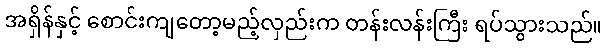
အရှိန်နှင့် စောင်းကျတော့မည့်လှည်းက တန်းလန်းကြီး ရပ်သွားသည်။